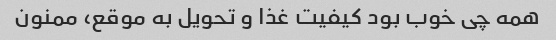
همه چی خوب بود کیفیت غذا و تحویل به موقع، ممنون